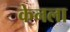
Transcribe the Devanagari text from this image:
केनला